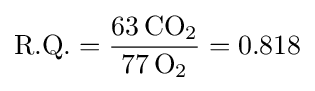
{\text{R.Q.}}={\frac {63\,\mathrm {CO} {\vphantom {A}}_{\smash[{t}]{2}}}{77\,\mathrm {O} {\vphantom {A}}_{\smash[{t}]{2}}}}=0.818